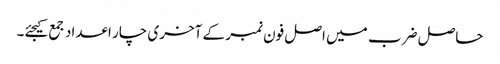
حاصل ضرب میں اصل فون نمبر کے آخری چار اعداد جمع کیجئے۔